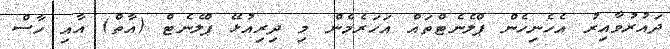
ދައުރުވާއިރު އެހެނިހެން ޕްލެނެޓްތައް އަހަރެމެން މި ދިރިއުޅޭ ޕްލެނެޓް (އާތް) އާއި ހާސް